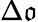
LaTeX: \Delta\mathfrak{o}